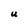
Character: U